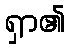
ရှာ၏